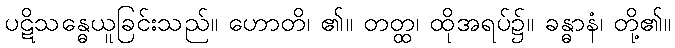
ပဋိသန္ဓေယူခြင်းသည်။ ဟောတိ၊ ၏။ တတ္ထ၊ ထိုအရပ်၌။ ခန္ဓာနံ၊ တို့၏။